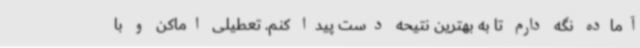
آماده نگه دارم تا به بهترین نتیحه دست پیدا کنم. تعطیلی اماکن و با